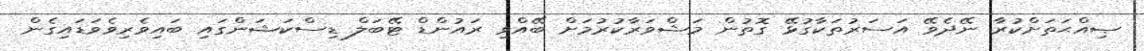
ޞިއްޙަތަށްކުރާ ނޭދެވޭ އަސަރުތަކާގުޅޭ ގޮތުން މަޝްވަރާކުރުމަށް ބޭއްވި ރައުންޑް ޓޭބަލް ޑިސްކަޝަންގައި ބައިވެރިވެވަޑައިގެން